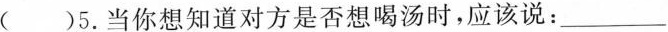
( )5.当你想知道对方是否想喝汤时,应该说: ___